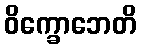
ဝိက္ခောဘေတိ